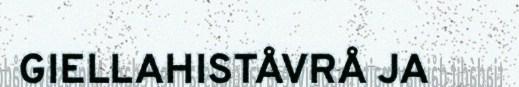
GIELLAHISTÅVRÅ JA